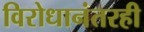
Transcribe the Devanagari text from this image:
विरोधानंतरही